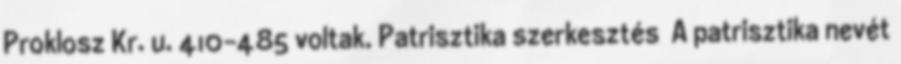
Proklosz Kr. u. 410–485 voltak. Patrisztika szerkesztés A patrisztika nevét